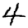
Digit: 4